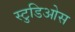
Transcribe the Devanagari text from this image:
स्टुडिओस